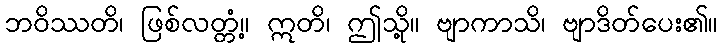
ဘဝိဿတိ၊ ဖြစ်လတ္တံ့။ ဣတိ၊ ဤသို့။ ဗျာကာသိ၊ ဗျာဒိတ်ပေး၏။